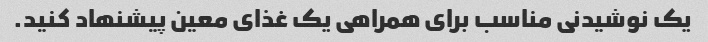
یک نوشیدنی مناسب برای همراهی یک غذای معین پیشنهاد کنید.